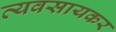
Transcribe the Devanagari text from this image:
व्यवसायकर